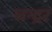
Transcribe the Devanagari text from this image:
चन्द्रर